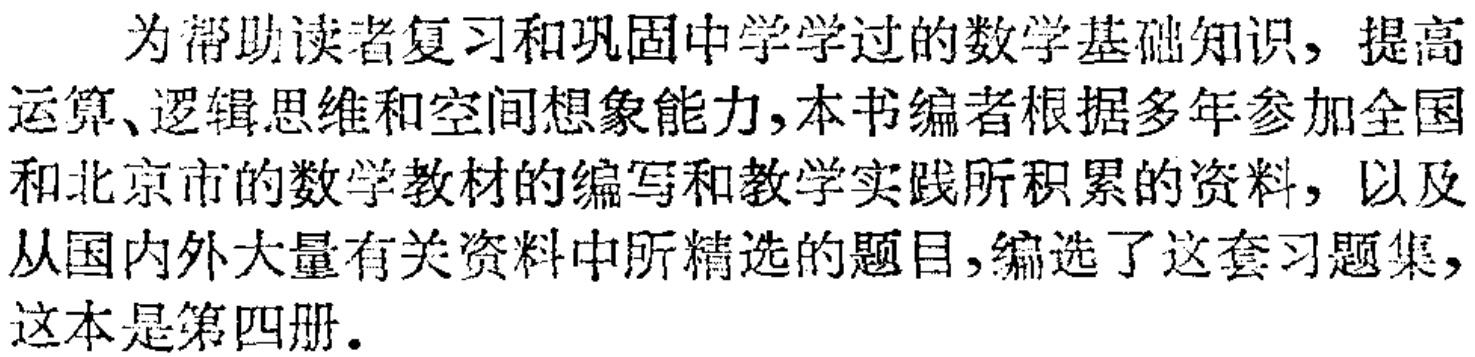
为帮助读者复习和巩固中学学过的数学基础知识，提高运算、逻辑思维和空间想象能力，本书编者根据多年参加全国和北京市的数学教材的编写和教学实践所积累的资料，以及从国内外大量有关资料中所精选的题目，编选了这套习题集，这本是第四册.